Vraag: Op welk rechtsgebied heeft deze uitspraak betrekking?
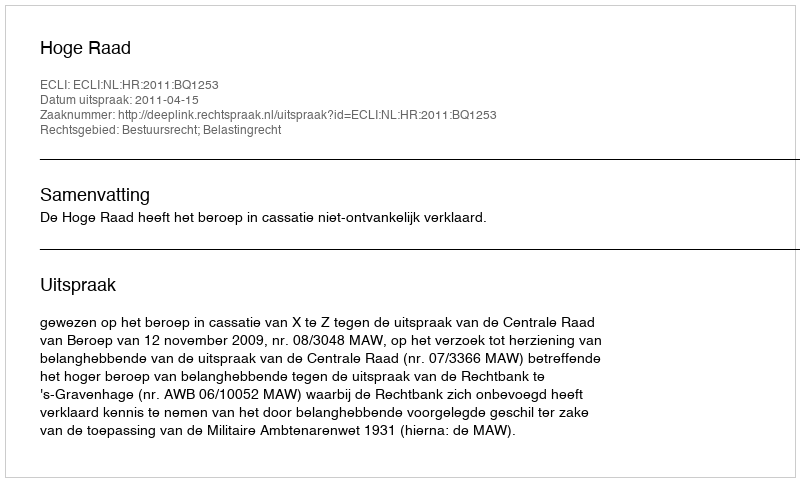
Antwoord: Bestuursrecht; Belastingrecht